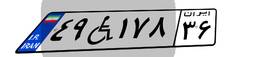
۴۹W۱۷۸۳۶